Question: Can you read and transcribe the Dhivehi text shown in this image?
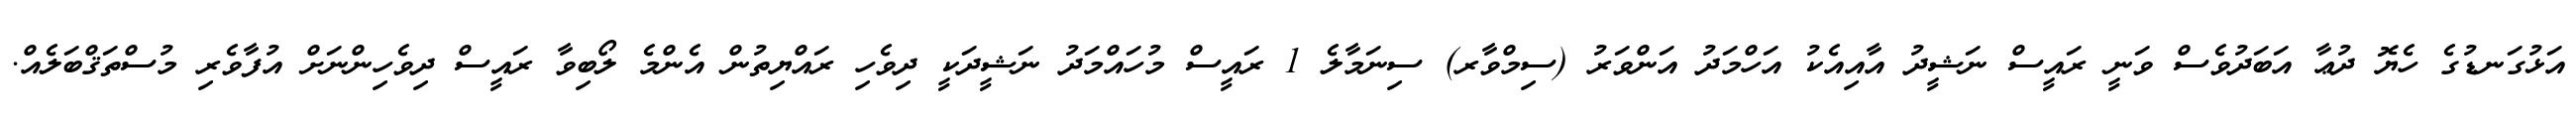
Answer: އަޅުގަނޑުގެ ހެޔޮ ދުޢާ އަބަދުވެސް ވަނީ ރައީސް ނަޝީދު އާއިއެކު އަހްމަދު އަންވަރު (ސިމްވާރ) ސިނަމާލެ 1 ރައީސް މުހައްމަދު ނަޝީދަކީ ދިވެހި ރައްޔިތުން އެންމެ ލޯބިވާ ރައީސް ދިވެހިންނަށް އުފާވެރި މުސްތަޤްބަލެއް.